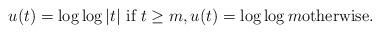
LaTeX: \begin{align*}u(t)=\log\log |t| \textrm{ if }t\geq m, u(t)=\log\log m & \textrm{otherwise}.\end{align*}